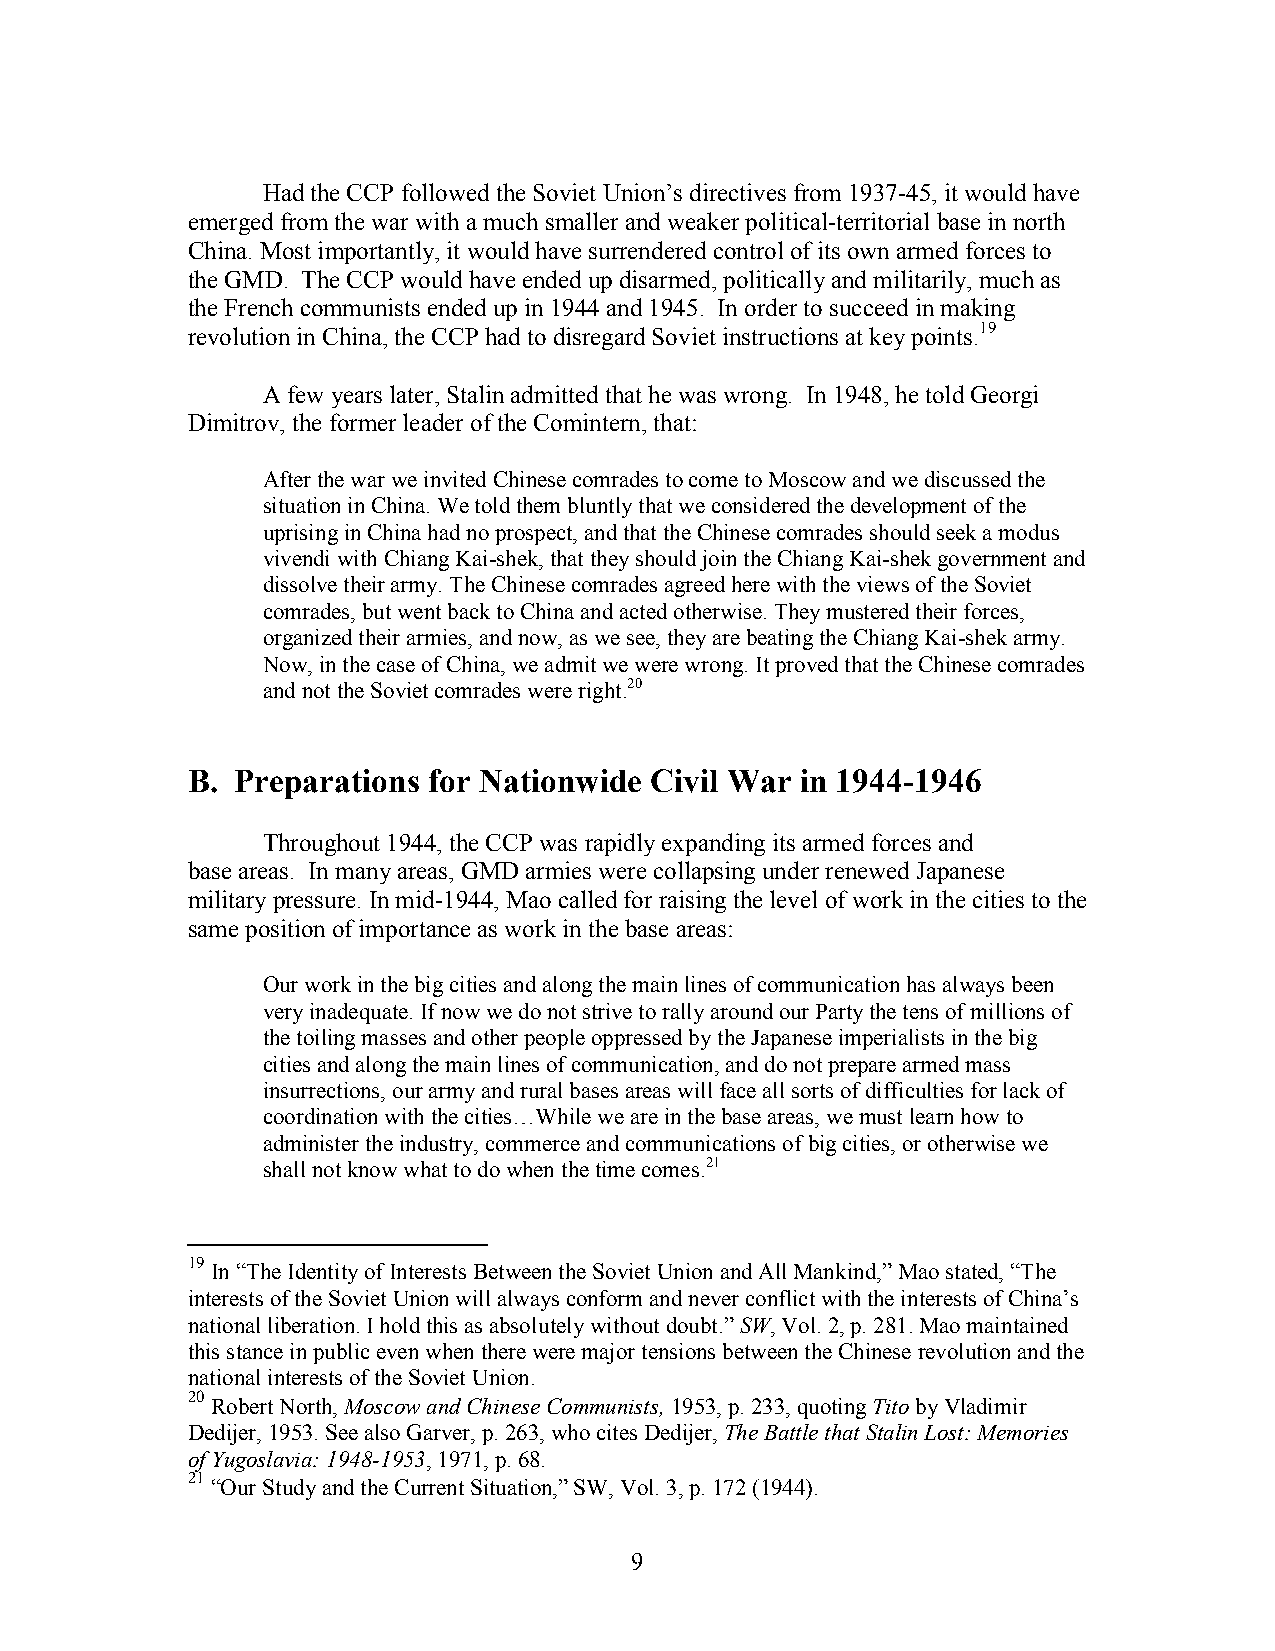
Had the CCP followed the Soviet Union’s directives from 1937-45, it would have
 emerged from the war with a much smaller and weaker political-territorial base in north
 China. Most importantly, it would have surrendered control of its own armed forces to
 the GMD. The CCP would have ended up disarmed, politically and militarily, much as
 the French communists ended up in 1944 and 1945. In order to succeed in making
 revolution in China, the CCP had to disregard Soviet instructions at key points.19
 A few years later, Stalin admitted that he was wrong. In 1948, he told Georgi
 Dimitrov, the former leader of the Comintern, that:
 After the war we invited Chinese comrades to come to Moscow and we discussed the
 situation in China. We told them bluntly that we considered the development of the
 uprising in China had no prospect, and that the Chinese comrades should seek a modus
 vivendi with Chiang Kai-shek, that they should join the Chiang Kai-shek government and
 dissolve their army. The Chinese comrades agreed here with the views of the Soviet
 comrades, but went back to China and acted otherwise. They mustered their forces,
 organized their armies, and now, as we see, they are beating the Chiang Kai-shek army.
 Now, in the case of China, we admit we were wrong. It proved that the Chinese comrades
 and not the Soviet comrades were right.20
 B.  Preparations for Nationwide Civil War in 1944-1946
 Throughout 1944, the CCP was rapidly expanding its armed forces and
 base areas. In many areas, GMD armies were collapsing under renewed Japanese
 military pressure. In mid-1944, Mao called for raising the level of work in the cities to the
 same position of importance as work in the base areas:
 Our work in the big cities and along the main lines of communication has always been
 very inadequate. If now we do not strive to rally around our Party the tens of millions of
 the toiling masses and other people oppressed by the Japanese imperialists in the big
 cities and along the main lines of communication, and do not prepare armed mass
 insurrections, our army and rural bases areas will face all sorts of difficulties for lack of
 coordination with the cities…While we are in the base areas, we must learn how to
 administer the industry, commerce and communications of big cities, or otherwise we
 shall not know what to do when the time comes.21
 19
 In “The Identity of Interests Between the Soviet Union and All Mankind,” Mao stated, “The
 interests of the Soviet Union will always conform and never conflict with the interests of China’s
 national liberation. I hold this as absolutely without doubt.” SW, Vol. 2, p. 281. Mao maintained
 this stance in public even when there were major tensions between the Chinese revolution and the
 national interests of the Soviet Union.
 20
 Robert North, Moscow and Chinese Communists, 1953, p. 233, quoting Tito by Vladimir
 Dedijer, 1953. See also Garver, p. 263, who cites Dedijer, The Battle that Stalin Lost: Memories
 of Yugoslavia: 1948-1953, 1971, p. 68.
 21
 “Our Study and the Current Situation,” SW, Vol. 3, p. 172 (1944).
 9